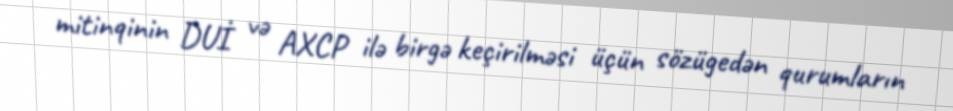
mitinqinin DUİ və AXCP ilə birgə keçirilməsi üçün sözügedən qurumların